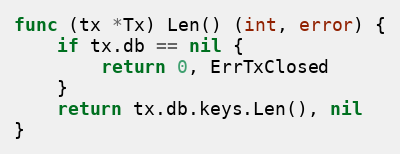
Language: Go
func (tx *Tx) Len() (int, error) {
	if tx.db == nil {
		return 0, ErrTxClosed
	}
	return tx.db.keys.Len(), nil
}